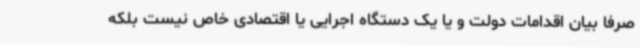
صرفا بیان اقدامات دولت و یا یک دستگاه اجرایی یا اقتصادی خاص نیست بلکه